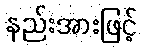
နည်းအားဖြင့်